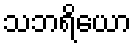
သဘရိယော